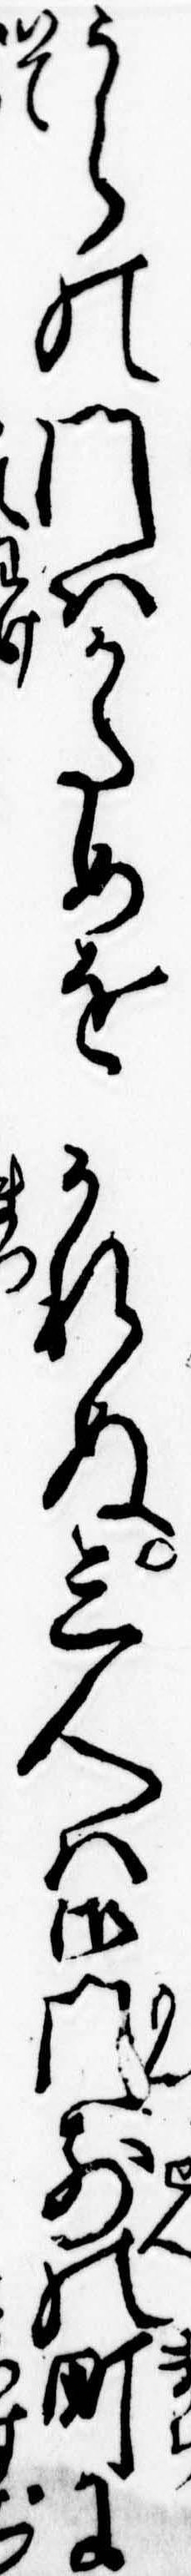
うらの門はかためをかれぬ三人は御門前の町に